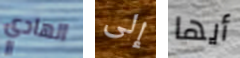
الهادي إلى أيها